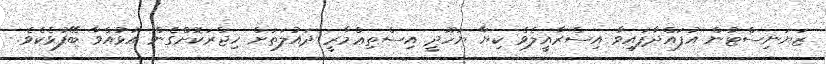
ޒަޔަނިސްޓުން އުފައްދާފައިވާ އިސްރާއީލެވެ ކިޔާ ޔަހޫދީ އިސްތިޢްމާރީ ދައުލަތަށް ހިޖްރަކޮށްގެން އުޅުއްވާ ބޭފުޅެކެވެ.